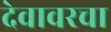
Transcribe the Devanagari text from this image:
देवावरचा